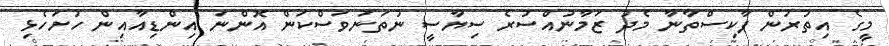
މީގެ އިތުރުން ޕާކިސްތާނާ މެދު ޒަމާނުއްސުރެ ސިޔާސީ ނުތަނަވަސްކަން އޮންނަ އިންޑިއާއިން ހުށަހެޅި